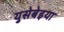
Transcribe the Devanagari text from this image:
युसेबेइया